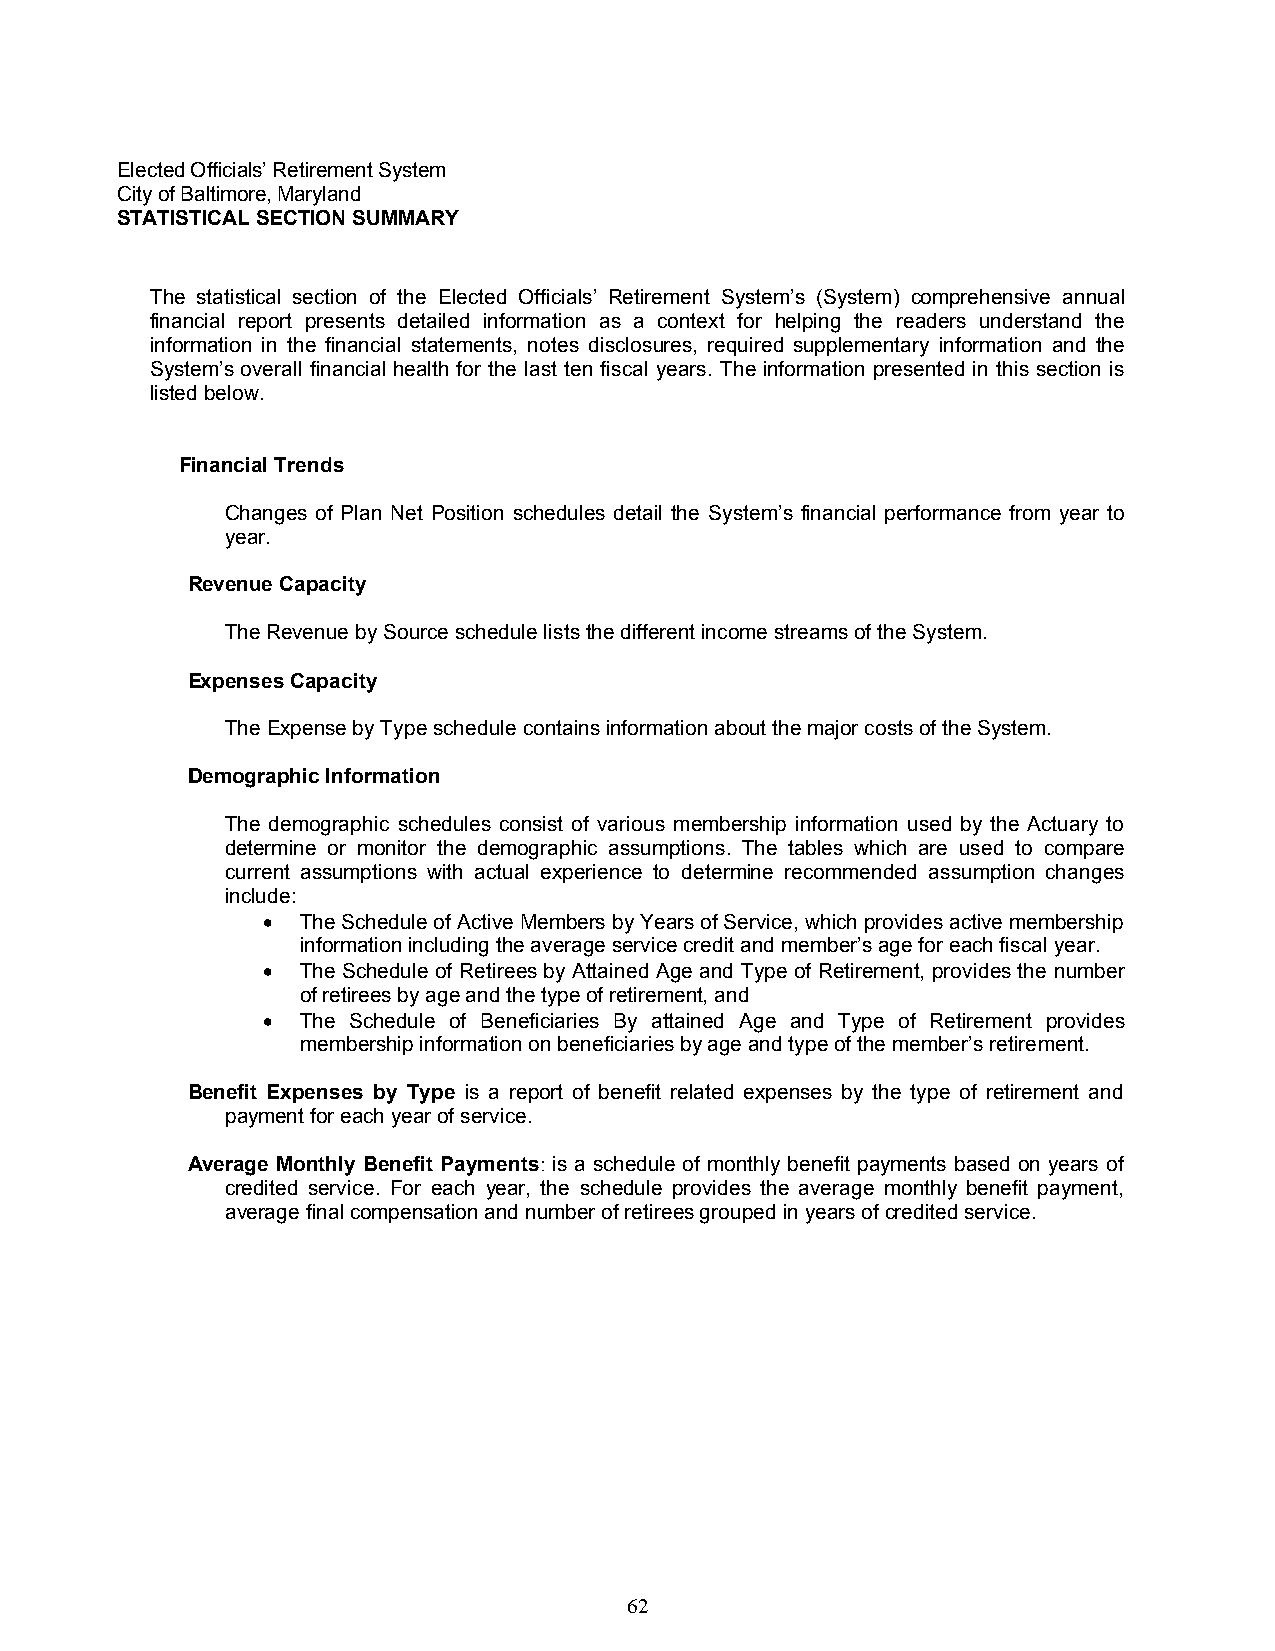
Elec ted Officials’ Retirement System
 City of Baltimore, Maryland
 STATISTICAL SECTION SUMMARY
 The statistical section of the Elected Officials’ Retirement System’s (System) comprehensive annual
 financial report presents detailed information as a context for helping the readers understand the
 information in the financial statements, notes disclosures, required supplementary information and the
 System’s overall financial health for the last ten fiscal years. The information presented in this section is
 listed below.
 Financial Trends
 Changes of Plan Net Position schedules detail the System’s financial performance from year to
 year.
 Revenue Capacity
 The Revenue by Source schedule lists the different income streams of the System.
 Expenses Capacity
 The Expense by Type schedule contains information about the major costs of the System.
 Demographic Information
 The demographic schedules consist of various membership information used by the Actuary to
 determine or monitor the demographic assumptions. The tables which are used to compare
 current assumptions with actual experience to determine recommended assumption changes
 include:
 •  The Schedule of Active Members by Years of Service, which provides active membership
 information including the average service credit and member’s age for each fiscal year.
 •  The Schedule of Retirees by Attained Age and Type of Retirement, provides the number
 of retirees by age and the type of retirement, and
 •  The Schedule of Beneficiaries By attained Age and Type of Retirement provides
 membership information on beneficiaries by age and type of the member’s retirement.
 Benefit Expenses by Type is a report of benefit related expenses by the type of retirement and
 payment for each year of service.
 Average Monthly Benefit Payments: is a schedule of monthly benefit payments based on years of
 credited service. For each year, the schedule provides the average monthly benefit payment,
 average final compensation and number of retirees grouped in years of credited service.
 62